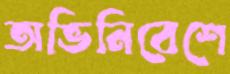
অভিনিবেশে